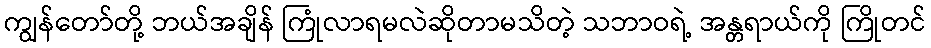
ကျွန်တော်တို့ ဘယ်အချိန် ကြုံလာရမလဲဆိုတာမသိတဲ့ သဘာဝရဲ့ အန္တရာယ်ကို ကြိုတင်